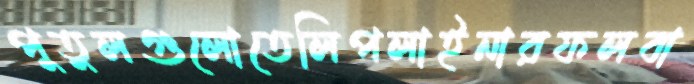
পুতুলগুলোতেলিপলাইনারফলবা